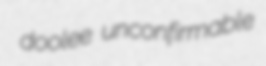
doolee unconfirmable